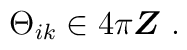
\Theta_{ik} \in 4\pi{\mbox{\boldmath $Z$}}\;.